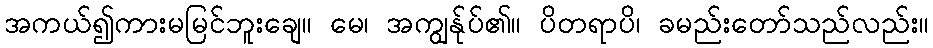
အကယ်၍ကားမမြင်ဘူးချေ။ မေ၊ အကျွန်ုပ်၏။ ပိတရာပိ၊ ခမည်းတော်သည်လည်း။